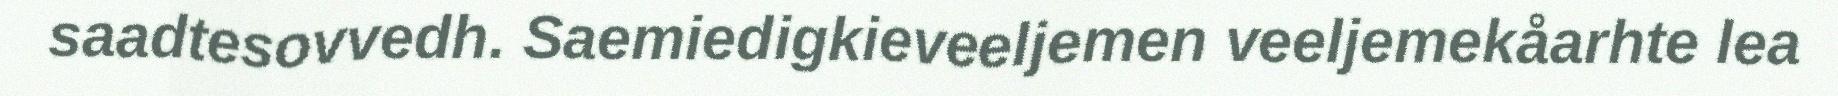
saadtesovvedh. Saemiedigkieveeljemen veeljemekåarhte lea